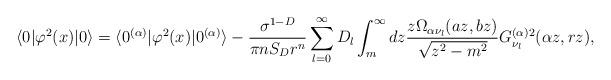
LaTeX: \begin{align*} \langle 0|\varphi ^{2}(x)|0\rangle =\langle 0^{(\alpha )}| \varphi ^{2}(x)|0^{(\alpha )}\rangle -\frac{\sigma ^{1-D}}{\pi nS_{D}r^{n}}\sum_{l=0}^{\infty } D_{l}\int_{m}^{\infty }dz\frac{z\Omega _{\alpha \nu _l}(a z, b z)}{\sqrt{z^{2}-m^{2}}}G_{\nu _l}^{(\alpha )2}(\alpha z,r z),\end{align*}